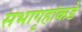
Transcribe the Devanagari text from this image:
सभागृहांकडे